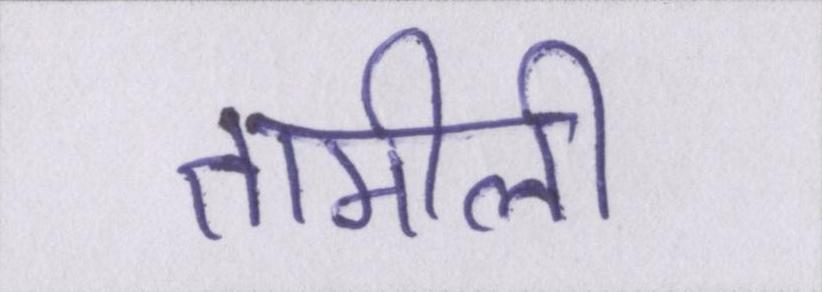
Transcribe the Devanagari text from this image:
तामीली